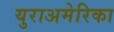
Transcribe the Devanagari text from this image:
युराअमेरिका